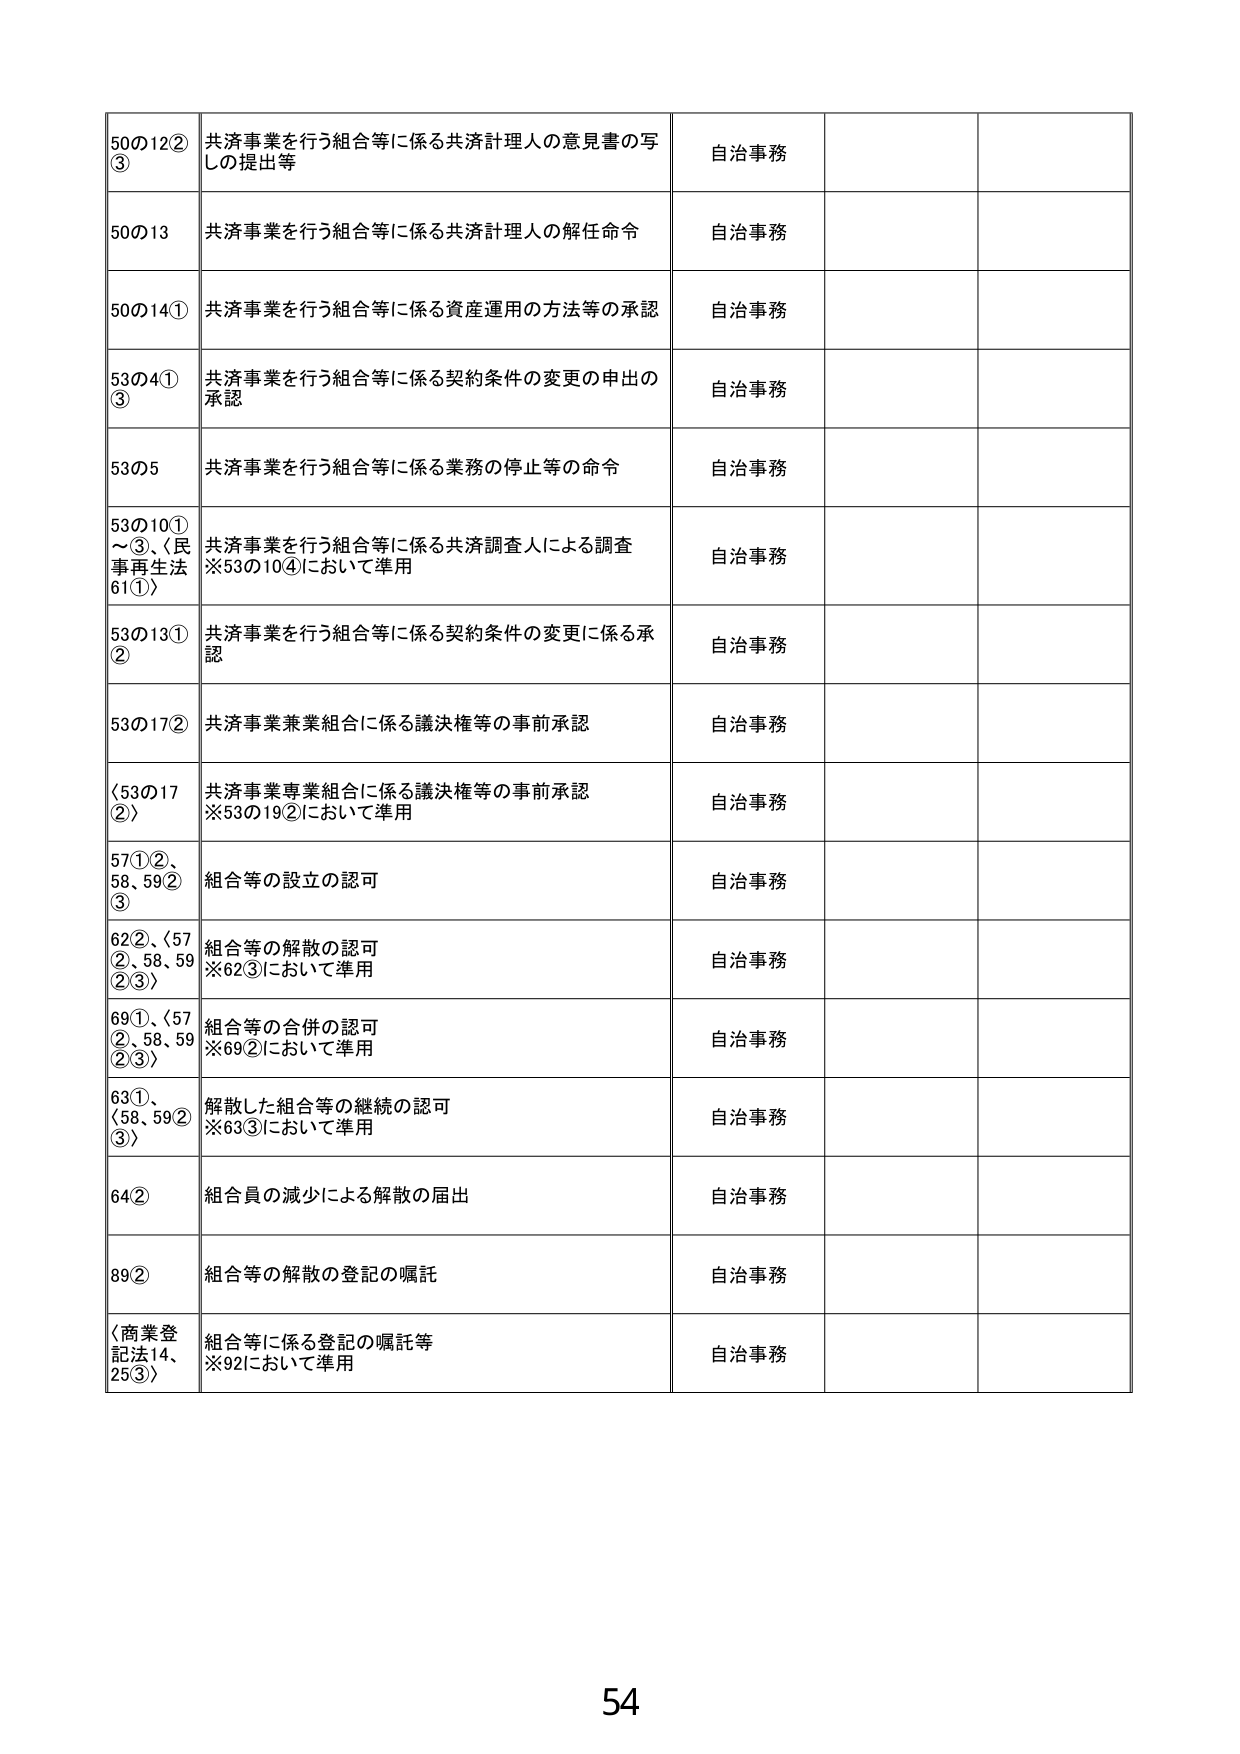
50の12②
③
共済事業を行う組合等に係る共済計理人の意見書の写
しの提出等
自治事務

50の13
共済事業を行う組合等に係る共済計理人の解任命令
自治事務

50の14①
共済事業を行う組合等に係る資産運用の方法等の承認
自治事務

53の4①
③
共済事業を行う組合等に係る契約条件の変更の申出の
承認
自治事務

53の5
共済事業を行う組合等に係る業務の停止等の命令
自治事務

53の10①
～③、〈民
事再生法
61①〉
共済事業を行う組合等に係る共済調査人による調査
※53の10④において準用
自治事務

53の13①
②
共済事業を行う組合等に係る契約条件の変更に係る承
認
自治事務

53の17②
共済事業兼業組合に係る議決権等の事前承認
自治事務

〈53の17
②〉
共済事業専業組合に係る議決権等の事前承認
※53の19②において準用
自治事務

57①②、
58、59②
③
組合等の設立の認可
自治事務

62②、〈57
②、58、59
②③〉
組合等の解散の認可
※62③において準用
自治事務

69①、〈57
②、58、59
②③〉
組合等の合併の認可
※69②において準用
自治事務

63①、
〈58、59②
③〉
解散した組合等の継続の認可
※63③において準用
自治事務

64②
組合員の減少による解散の届出
自治事務

89②
組合等の解散の登記の嘱託
自治事務

〈商業登
記法14、
25③〉
組合等に係る登記の嘱託等
※92において準用
自治事務

54